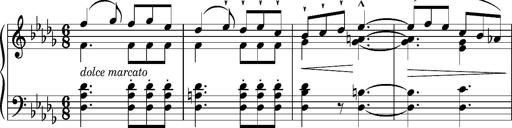
Title: Album-Leaf 'LÃ©lio'
Composer: Franz Liszt
Key: D-flat major